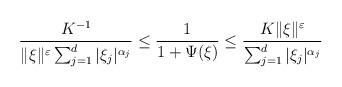
LaTeX: \begin{align*}\frac{K^{-1}}{\|\xi\|^{\varepsilon}\sum_{j=1}^d|\xi_j|^{\alpha_j}}\leq\frac{1}{1+\Psi(\xi)}\leq\frac{K\|\xi\|^{\varepsilon}}{\sum_{j=1}^d|\xi_j|^{\alpha_j}}\end{align*}